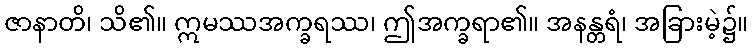
ဇာနာတိ၊ သိ၏။ ဣမဿအက္ခရဿ၊ ဤအက္ခရာ၏။ အနန္တရံ၊ အခြားမဲ့၌။